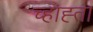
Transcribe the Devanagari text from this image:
च्हाह्ता